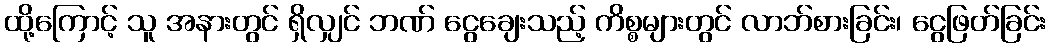
ထို့ကြောင့် သူ အနားတွင် ရှိလျှင် ဘဏ် ငွေချေးသည့် ကိစ္စများတွင် လာဘ်စားခြင်း၊ ငွေဖြတ်ခြင်း